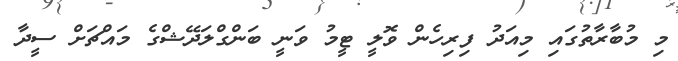
މި މުބާރާތުގައި މިއަދު ފިރިހެން ވޮލީ ޓީމު ވަނީ ބަންގްލަދޭޝްގެ މައްޗަށް ސީދާ